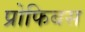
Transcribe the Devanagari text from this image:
प्रोफिबस